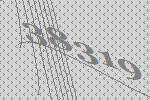
38319